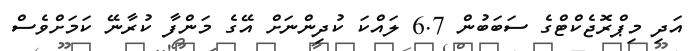
އަދި މިޕްރޮޖެކްޓްގެ ސަބަބުން 6.7 ލައްކަ ކުދިންނަށް އޭގެ މަންފާ ކުރާނޭ ކަމަށްވެސް